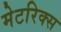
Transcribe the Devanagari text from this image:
मेटरिक्स